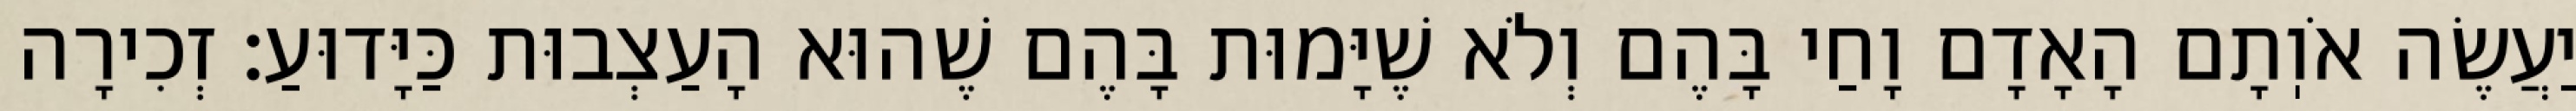
יַעֲשֶׂה אֹוֽתָם הָאָדָם וָחַי בָּהֶם וְלֹא שֶׁיָּמוּת בָּהֶם שֶׁהוּא הָעַצְבוּת כַּיָּדוּעַ: זְכִירָה